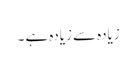
زیادہ سے زیادہ ہے ۔